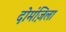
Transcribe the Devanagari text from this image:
दोमंज़िला